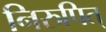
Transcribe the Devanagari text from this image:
निरुपित्